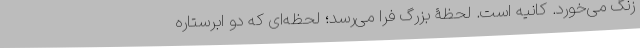
زنگ می‌خورد. کانیه است. لحظۀ بزرگ فرا می‌رسد؛ لحظه‌ای که دو ابرستاره